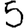
Digit: 5